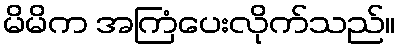
မိမိက အကြံပေးလိုက်သည်။